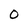
Character: O